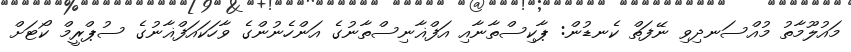
މައުލޫމާތު މުއްސަނދިވި ނޭފަތް ކެނޑުން: ޕާކިސްތާނާއި އަފްޣާނިސްތާނުގެ އަންހެނުންގެ ވާހަކައަފްޣާނުގެ ސުޕްރީމް ކޯޓަށް